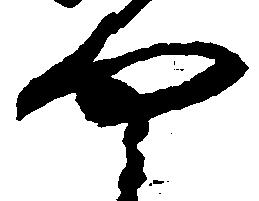
や